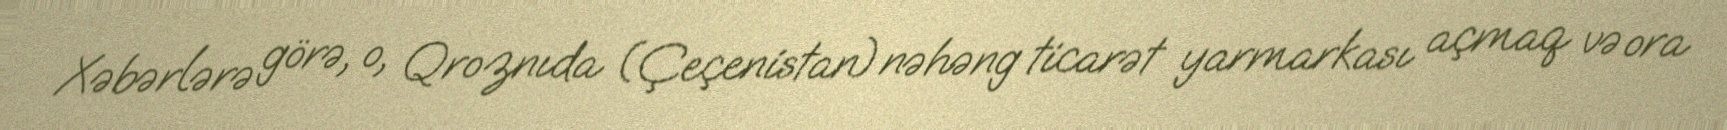
Xəbərlərə görə, o, Qroznıda (Çeçenistan) nəhəng ticarət yarmarkası açmaq və ora